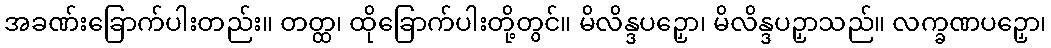
အခဏ်းခြောက်ပါးတည်း။ တတ္ထ၊ ထိုခြောက်ပါးတို့တွင်။ မိလိန္ဒပဉှော၊ မိလိန္ဒပဉှာသည်။ လက္ခဏပဉှော၊